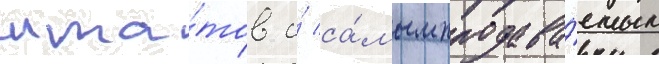
шта́тов и́ са́мым продава́емым